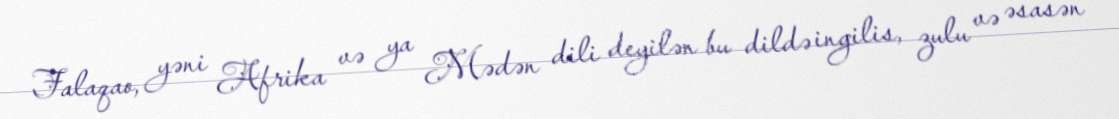
Falaqao, yəni Afrika və ya Mədən dili deyilən bu dildə ingilis, zulu və əsasən